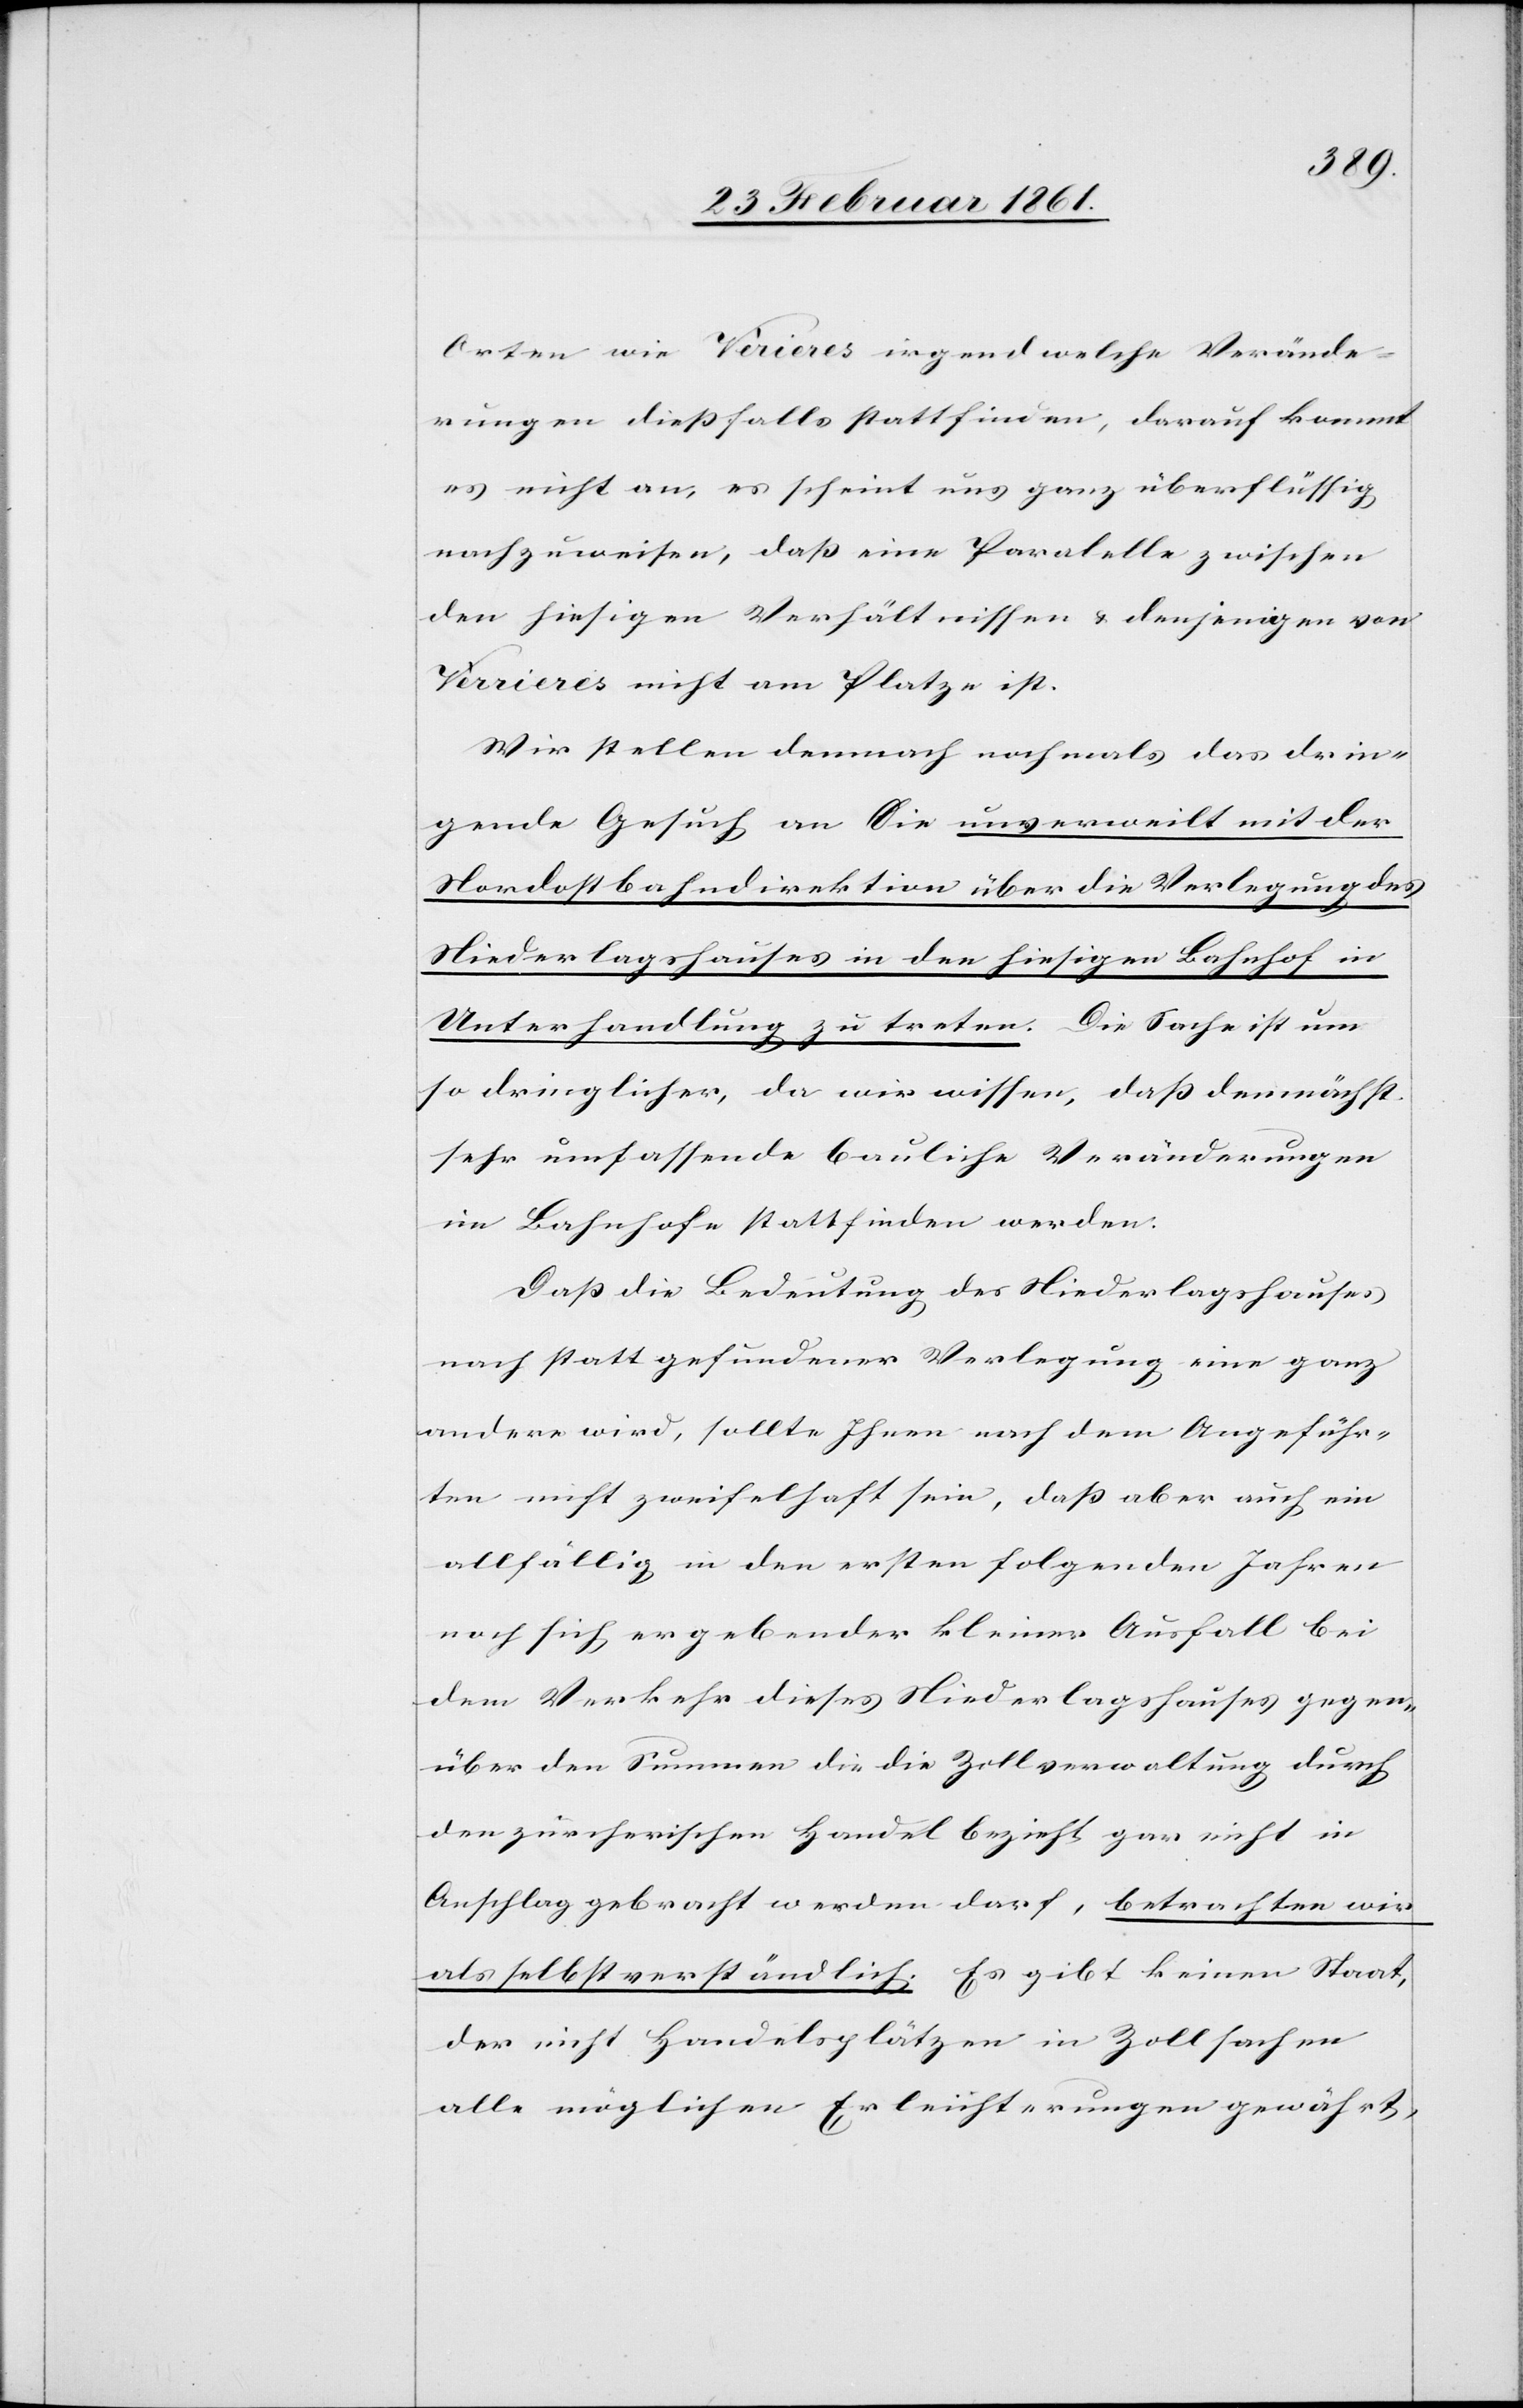
Orten wie Ve[r]rieres irgendwelche Verände¬
rungen diessfalls stattfinden, darauf kommt
es nicht an, es scheint uns ganz überflüssig
nachzuweisen, dass eine Paralelle zwischen
den hiesigen Verhältnissen u. denjenigen von
Verrieres nicht am Platze ist.
Wir stellen demnach nochmals das drin¬
gende Gesuch an Sie unverweilt mit der
Nordostbahndirektion über die Verlegung des
Niederlagshauses in den hiesigen Bahnhof in
Unterhandlung zu treten. Die Sache ist um
so dringlicher, da wir wissen, dass demnächst
sehr unpassende bauliche Veränderungen
im Bahnhofe stattfinden werden.
Dass die Bedeutung des Niederlagshauses
nach statt gefundener Verlegung eine ganz
andere wird, sollte Ihnen nach dem Angeführ¬
ten nicht zweifelhaft sein, dass aber auch ein
allfällig in den ersten folgenden Jahren
noch sich ergebender kleiner Ausfall bei
dem Verkehr dieses Niederlagshauses gegen¬
über den Summen die die Zollverwaltung durch
den zürcherischen Handel bezieht gar nicht in
Anschlag gebracht werden darf, betrachten wir
als selbstverständlich. Es gibt keinen Staat,
der nicht Handelsplätzen in Zollsachen
alle möglichen Erleichterungen gewährt,